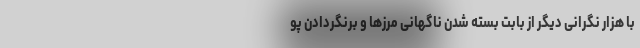
با هزار نگرانی دیگر از بابت بسته شدن ناگهانی مرزها و برنگردادن پو